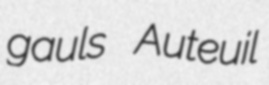
gauls Auteuil